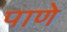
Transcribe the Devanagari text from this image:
पाणे